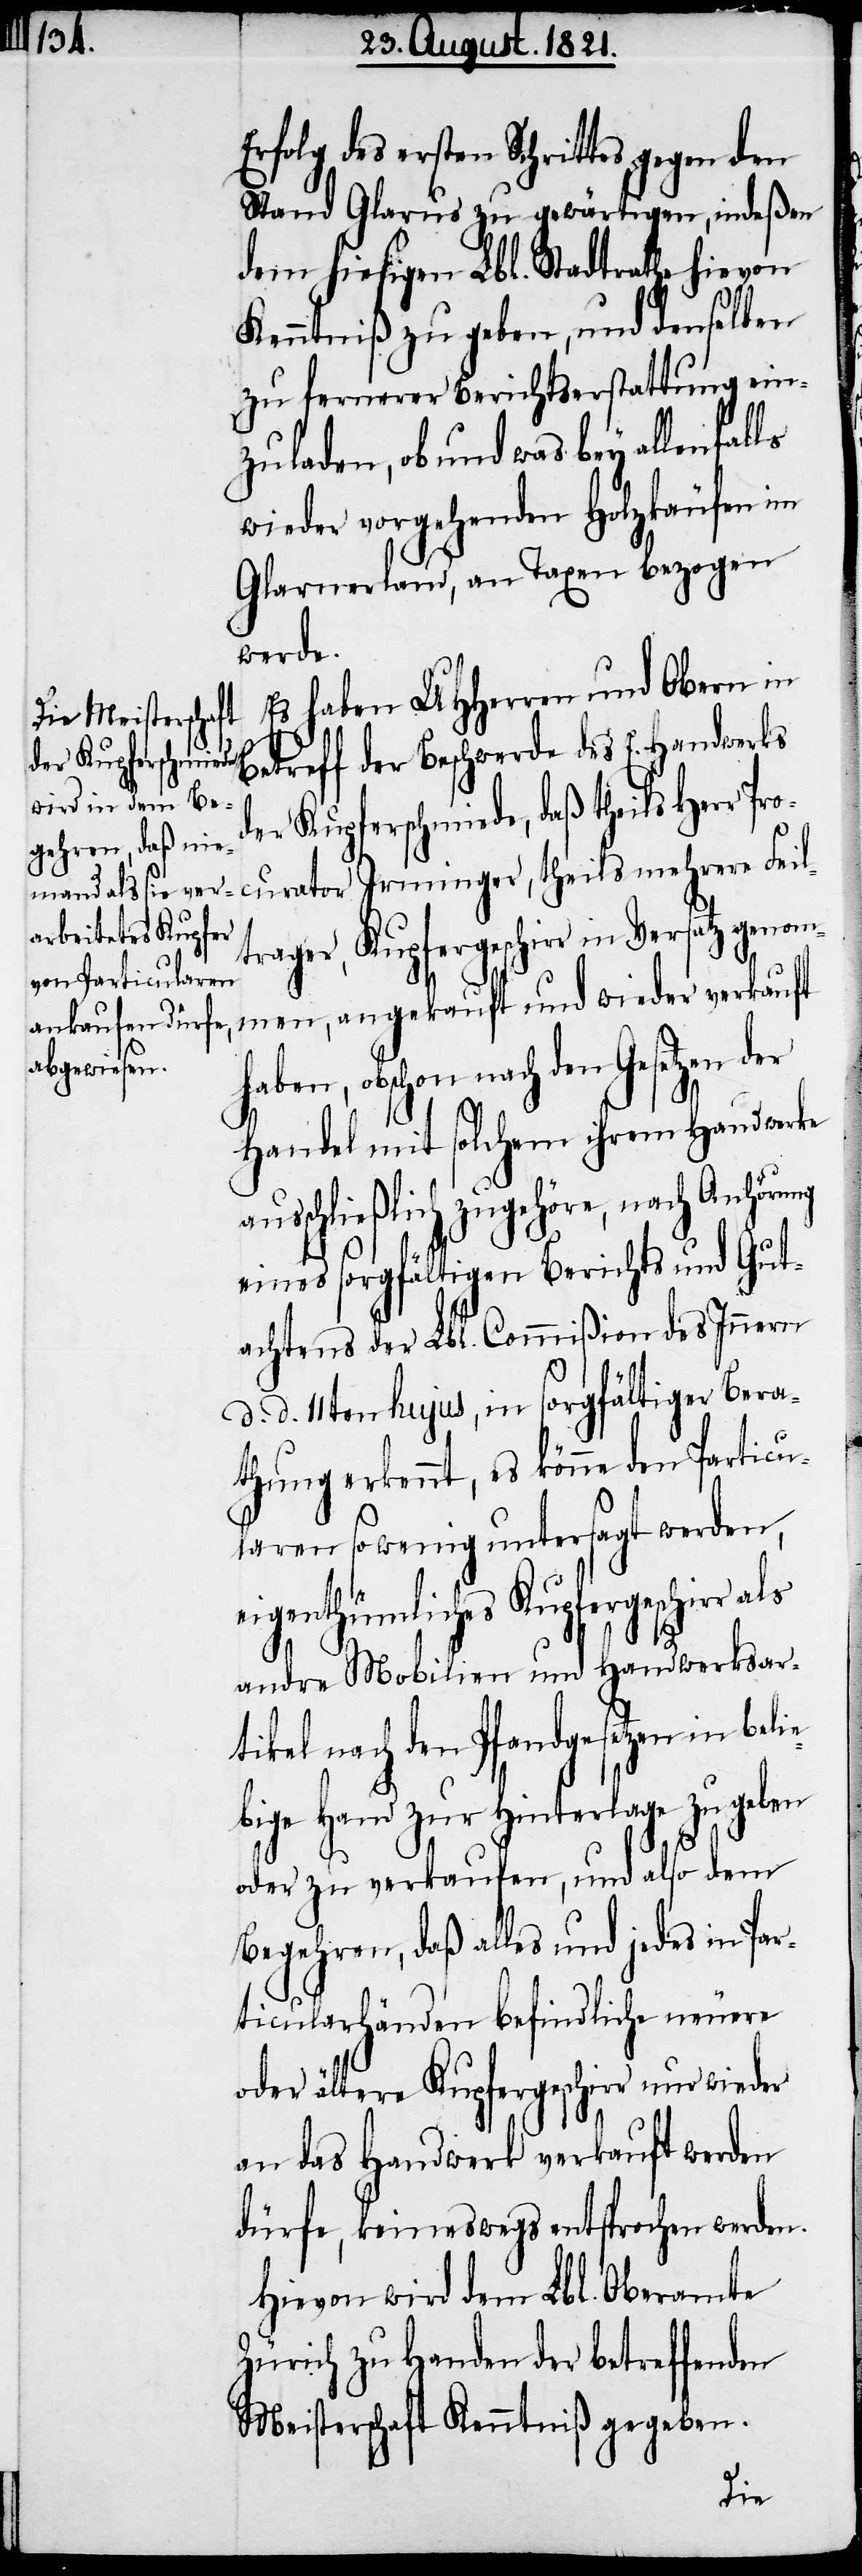
Erfolg des ersten Schrittes gegen den
Stand Glarus zu gewärtigen, indeßen
dem hiesigen Lbl. Stadtrathe hievon
Kenntniß zu geben, und denselben
zu fernerer Berichtserstattung ein¬
zuladen, ob und was bey allenfal¬
wieder vorgehenden Holzkäufen im
Glarnerland, an Taxen bezogen
werde.
Es haben UHHerren und Obern in
Betreff der Beschwerde des E. Handwerks
der Kupferschmiede, daß theils Herr Pro¬
curator Irminger, theils mehrere Feil¬
trager, Kupfergeschirr in Versatz genom¬
men, angekauft und wieder verkauft
haben, obschon nach den
Handel mit solchem ihrem Handwerke
ausschließlich zugehöre, nach Anhörung
eines sorgfältigen Berichts und Gut¬
achtens der Lbl. Commißion des Innern
d. d. 11ten hujus, in sorgfältiger Bera¬
thung erkennt, es könne den Particu¬
laren sowenig untersagt werden,
eigenthümliches Kupfergeschirr
andere Mobilien und Handwerksar¬
tikel nach den Pfandgesetzen in beli¬
ebige Hand zur Hinterlage zu geben
ls
oder zu verkaufen, und also dem
Begehren, daß alles und jedes in Par¬
ticularhänden befindliche neuere
oder ältere Kupfergeschirr nur wieder
an das Handwerk verkauft werden
dürfe, keineswegs entsprochen werden.
Hievon wird dem Lbl. Oberamte
Zürich zu Handen der betreffenden
Meisterschaft Kenntniß gegeben.